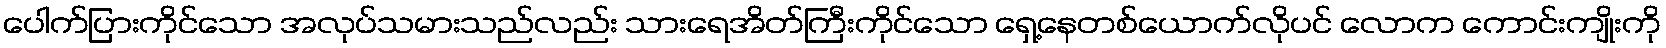
ပေါက်ပြားကိုင်သော အလုပ်သမားသည်လည်း သားရေအိတ်ကြီးကိုင်သော ရှေ့နေတစ်ယောက်လိုပင် လောက ကောင်းကျိုးကို